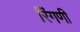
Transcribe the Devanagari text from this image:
रिंगणी